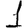
Digit: 1